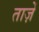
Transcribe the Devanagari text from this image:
ताज़ें